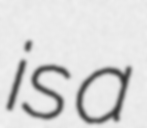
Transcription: is a